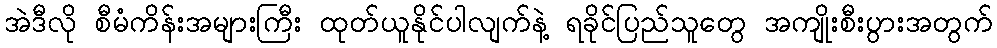
အဲဒီလို စီမံကိန်းအများကြီး ထုတ်ယူနိုင်ပါလျက်နဲ့ ရခိုင်ပြည်သူတွေ အကျိုးစီးပွားအတွက်